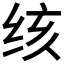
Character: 𰬓